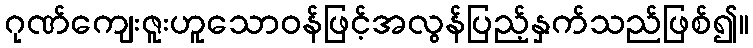
ဂုဏ်ကျေးဇူးဟူသောဝန်ဖြင့်အလွန်ပြည့်နှက်သည်ဖြစ်၍။